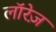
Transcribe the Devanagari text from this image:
लॉरेज़